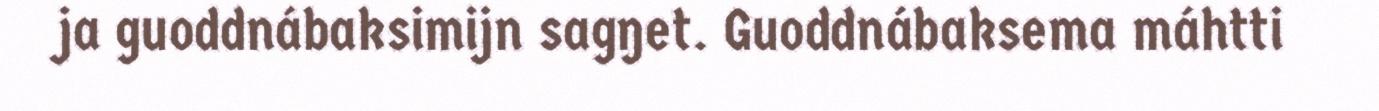
ja guoddnábaksimijn sagŋet. Guoddnábaksema máhtti